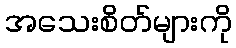
အသေးစိတ်များကို